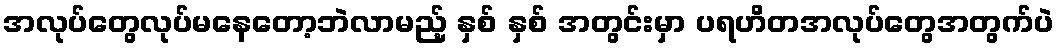
အလုပ်တွေလုပ်မနေတော့ဘဲလာမည့် နှစ် နှစ် အတွင်းမှာ ပရဟိတအလုပ်တွေအတွက်ပဲ